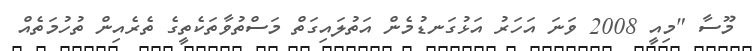
މޫސާ "މިއީ 2008 ވަނަ އަހަރު އަޅުގަނޑުމެން އަތުލައިގަތް މަސްތުވާތަކެތީގެ ތެރެއިން ތުހުމަތެއް